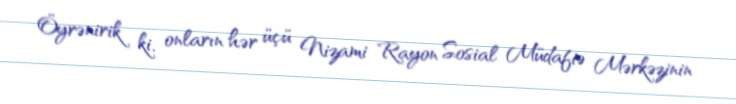
Öyrənirik ki, onların hər üçü Nizami Rayon Sosial Müdafiə Mərkəzinin